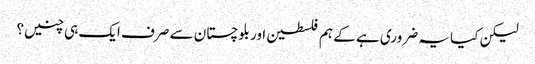
لیکن کیا یہ ضروری ہے کے ہم فلسطین اور بلوچستان سے صرف ایک ہی چنیں؟